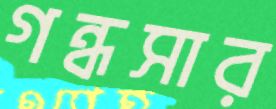
গন্ধসার